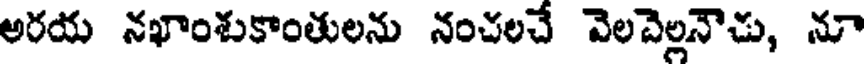
అరయ నఖాంశుకాంతులను నంచలచే వెలవెల్లనౌచు, నూ